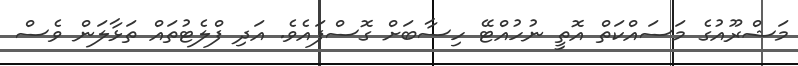
މަޝްރޫއުގެ މަސައްކަތް އޮތީ ނުހުއްޓޭ ހިސާބަށް ގޮސްފައެވެ. އަދި ފްލެޓުތައް ތަޅާލަން ވެސް